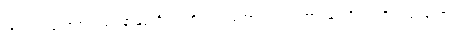
ကိုလည်းကောင်း။ သဝနာနုတ္တရိယံ၊ ကိုလည်းကောင်း။ လာဘာ၊ နုတ္တရိယံ၊ ကိုလည်းကောင်း။